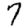
Digit: 7